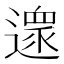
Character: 𨖼